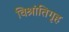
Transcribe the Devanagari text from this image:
विश्रांतिगृह